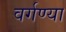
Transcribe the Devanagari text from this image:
वर्गण्या